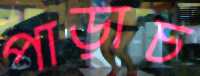
পাড়াচ